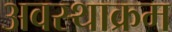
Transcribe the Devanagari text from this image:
अवस्थाक्रम